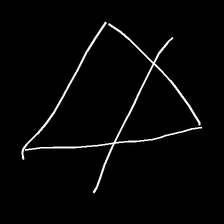
Glyph: empower